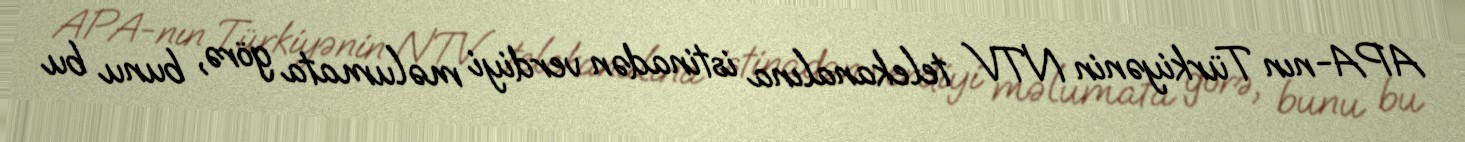
APA-nın Türkiyənin NTV telekanalına istinadən verdiyi məlumata görə, bunu bu